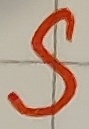
Text: S